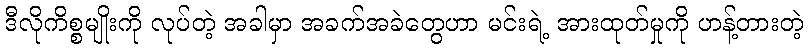
ဒီလိုကိစ္စမျိုးကို လုပ်တဲ့ အခါမှာ အခက်အခဲတွေဟာ မင်းရဲ့ အားထုတ်မှုကို ဟန့်တားတဲ့